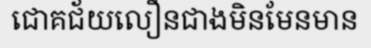
ជោគជ័យលឿនជាងមិនមែនមាន